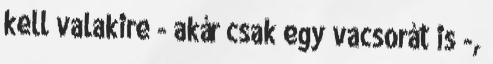
kell valakire - akár csak egy vacsorát is -,